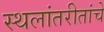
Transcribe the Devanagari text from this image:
स्थलांतरीतांचे